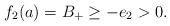
LaTeX: \begin{align*}f_{2}(a)=B_{+}\geq-e_{2}>0. \end{align*}